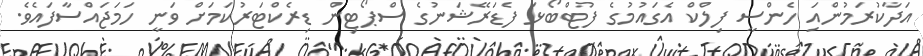
އަދާކުރަމުންއަި ހެންސީ ފިލްކް އެގައުމުގެ ފުޓްބޯޅަ ފެޑަރޭޝަނުގެ ސްޕޯޓިން ޑިރެކްޓަރުކަމަށް ވަނީ ހަމަޖައްސާފަައެވެ.